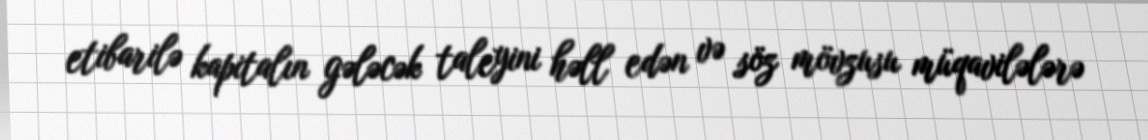
etibarilə kapitalın gələcək taleyini həll edən və söz mövzusu müqavilələrə